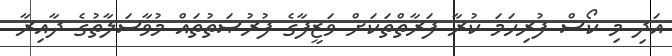
އަދި މި ކޯސް ފުރިހަމަ ކުރާ ފަރާތްތަކަށް ވަޒީފާގެ ފުރުޞަތުތައް މުވާސަލާތުގެ ދާއިރާ